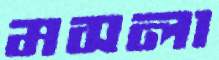
মসলা